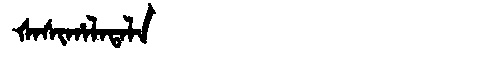
Manchu: ᡧᠠᠰᡳᡥᠠᠯᠠᡨᠠᠯᠠ
Romanization: ŠASIHALATALA